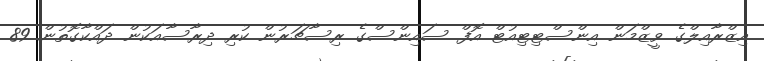
އިޒްރާއިލްގެ ވީޒްމަން އިންސްޓިޓިއުޓް އޮފް ސައިންސްގެ ރިސާޗަރުން ކުރި ދިރާސާއަކުން ދައްކާގޮތުން 89